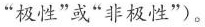
“极性”或”非极性”）。